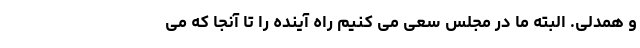
و همدلی. البته ما در مجلس سعی می کنیم راه آینده را تا آنجا که می